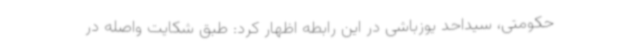
حکومتی، سیداحد یوزباشی در این رابطه اظهار کرد: طبق شکایت واصله در